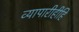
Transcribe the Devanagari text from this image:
व्यापारीहीहि